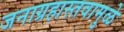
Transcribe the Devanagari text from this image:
जनाग्रहास्तवामुळे